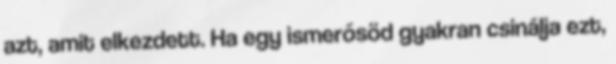
azt, amit elkezdett. Ha egy ismerősöd gyakran csinálja ezt,